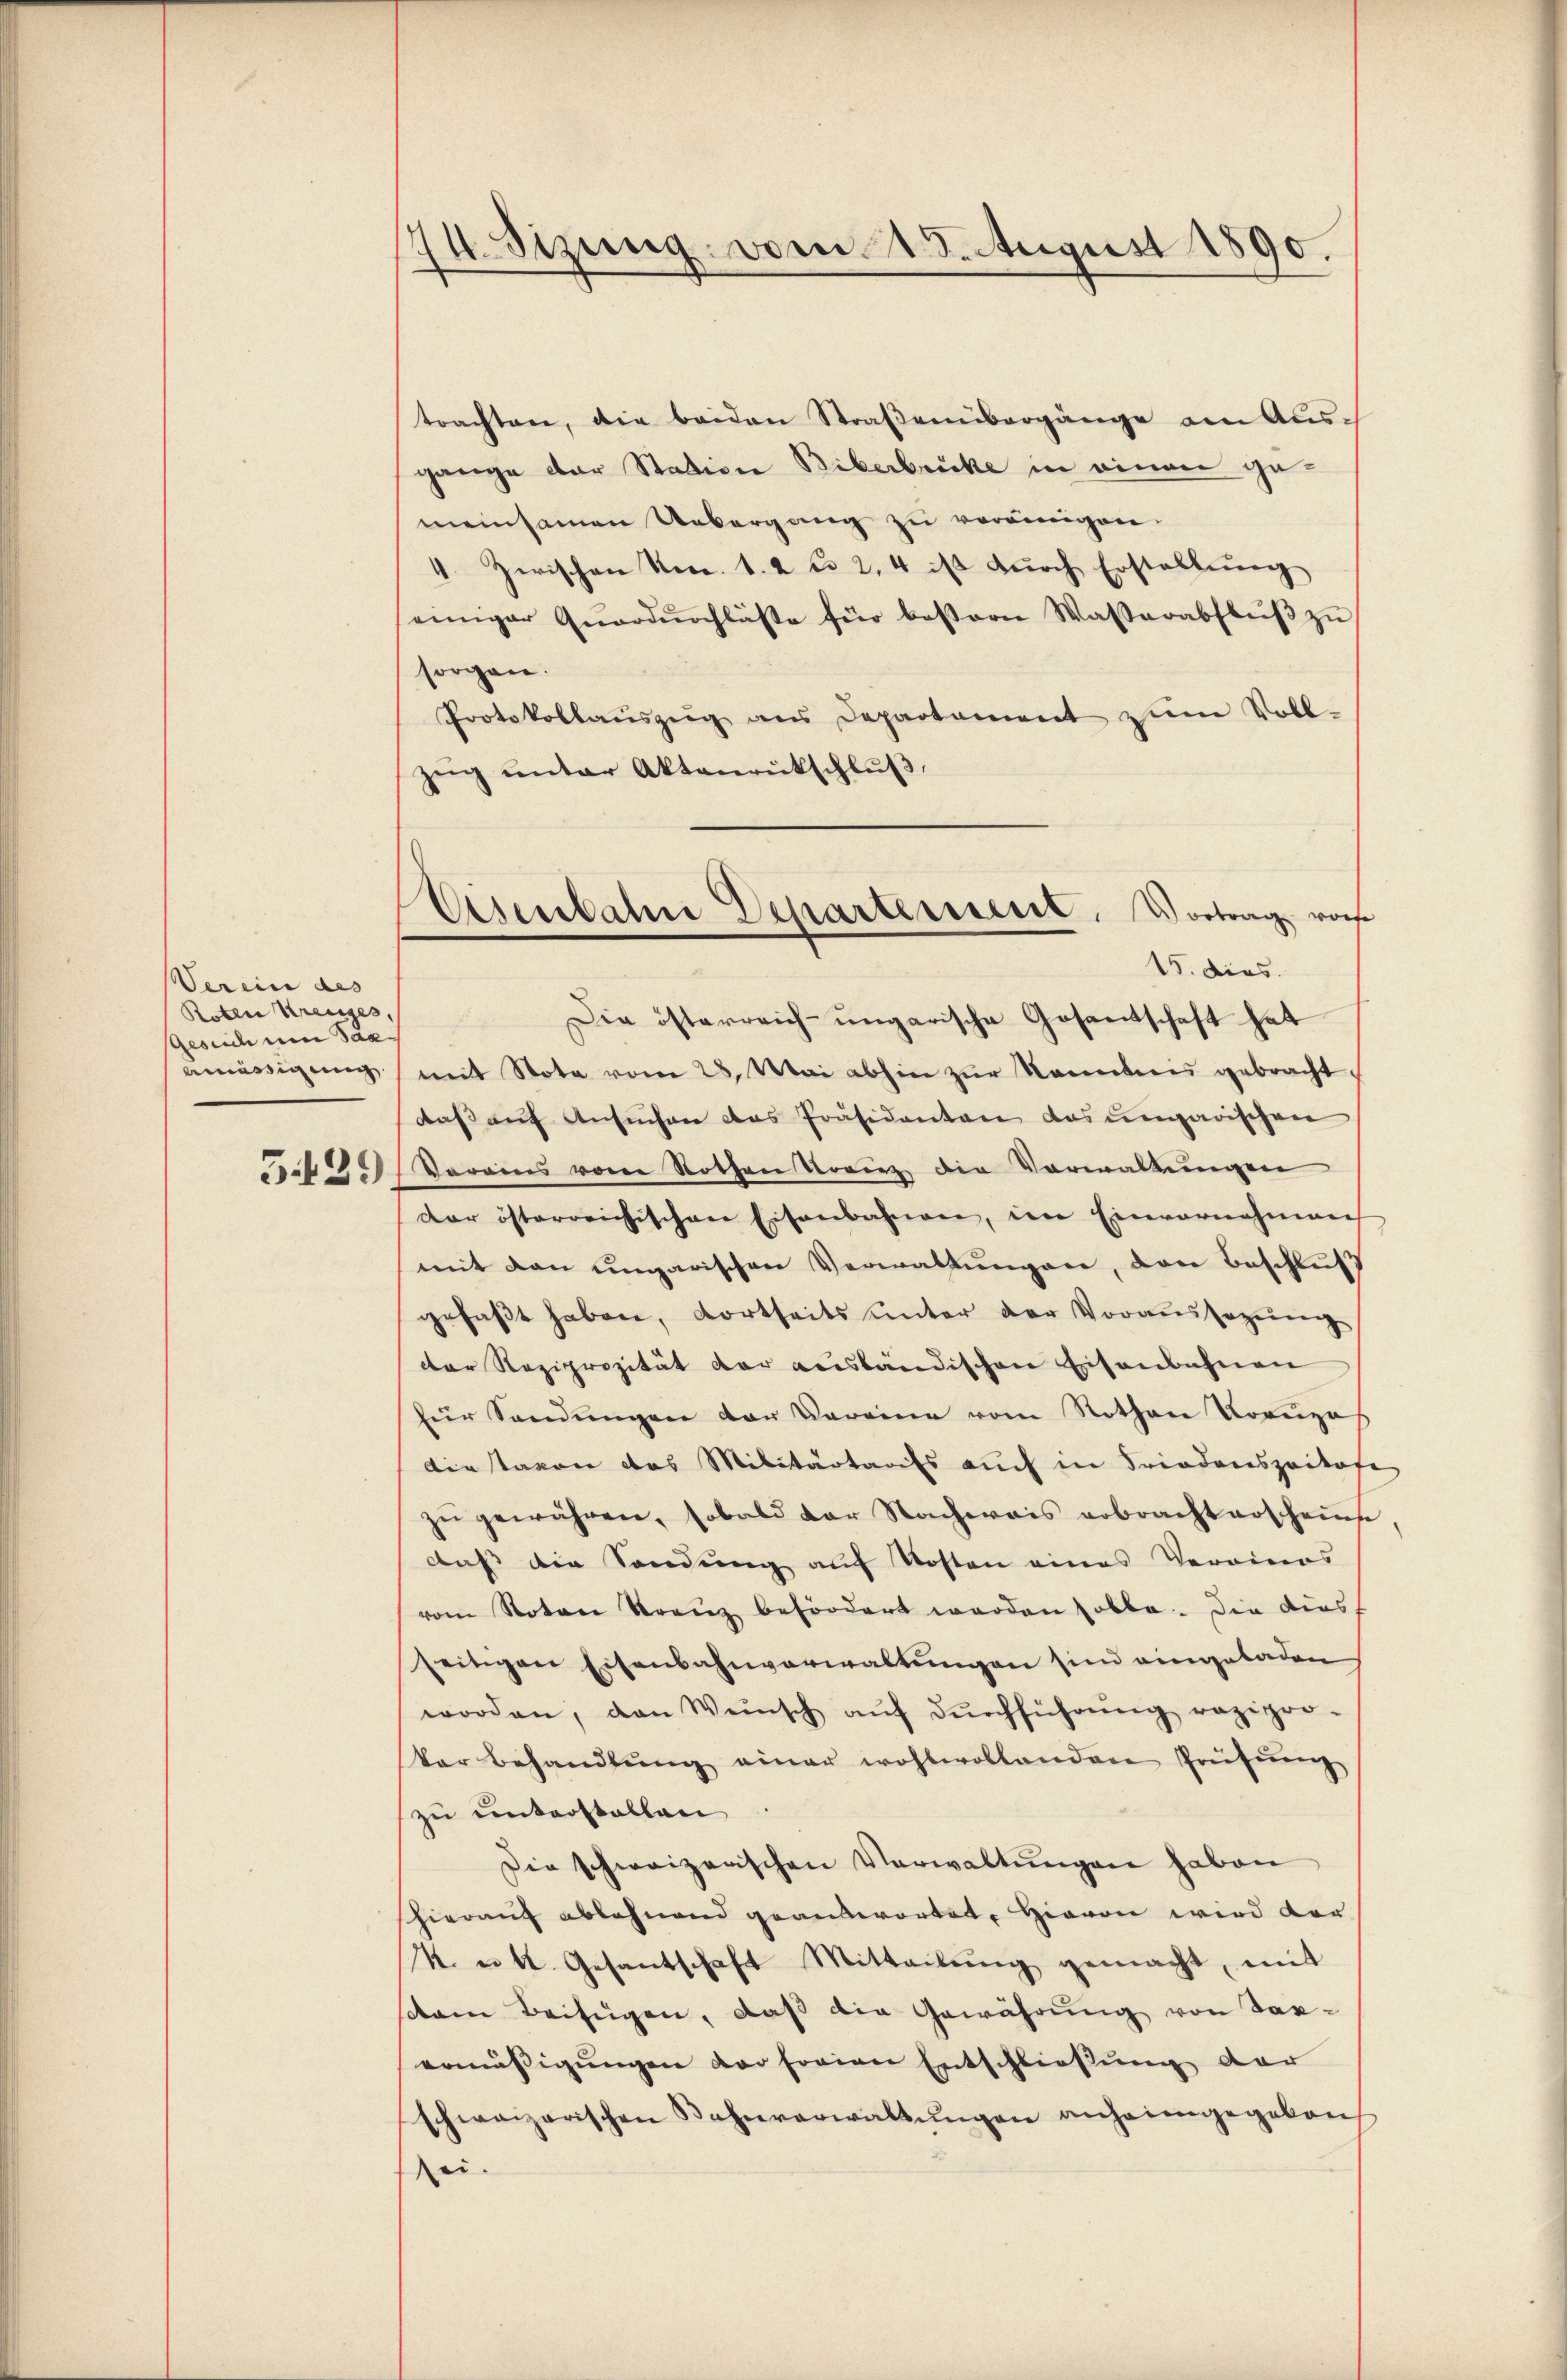
Verein des |
Roten Kreuzes,
Gesuch um Saaanässigung

74. Sizung vom 18. August 1890.

trachten, die beiden Straßenübergänge am Aus-
gange der Station Biberbrücke in einen gemeinsamen Uebergang zu vereinigen.
4. Zerischen Neca. 1. 2 u. 2, 4 ist dŭrch Erstellŭng
einiger Qŭardurchläste für bessern Wasserabflŭβ zŭ
sorgen.
Protokollaŭszŭg ans Departement zŭm Voll-
zeig unter Aktenrückschluß,
Die österreich-ungarische Gesantschaft hat
mit Nota vom 28. Mai abhin zŭr Kenntnis gebracht.
daß auf Ansuchen das Präsidenten das ungarischen
t 2. Vorains vom Rothen Kopiez die Vorwaltungen
der österreichischen Eisenbahnen, den Einvernahmen
mit den ungarischen Verwaltungen, den Beschluß
gefaßt haben, dortseits unter der Voraussagung
der Reziprozität der ausländischen Eisenbahnen
für Sandŭngen der Vereine vom Nothan Kreŭze
dietavon das Militärtarifs auch in Friedenszeitofe
zŭ gewähren, sobald der Nachwais erbracht erscheine
daß die Sendung auf Kosten eines Veraines
vom Noten Stranz befördert werden solle. Die dies
seitigen Eisenbahnverwaltungen sind eingeladen
worden, von Wünsch aŭf dŭrchführŭng rezipor-
ker Behandlŭng einer wohlwollenden Prüfŭng
zu unterstellen
Die schweizerischen Verwaltŭngen haben
hierauf ablehnend geantwortet. Hievon wird der
N. u. k. Gesantschaft Mitteilŭng gemacht, mit
stem Beifügen, daß die Gewährung von Taxermässigungen vor forien Entschließung der
schweizerischen Bahnverwaltŭngen anheimgegeben,
ei.

Eisenbahne Departement. Vortrag vorh
15. dies